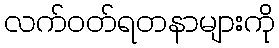
လက်ဝတ်ရတနာများကို